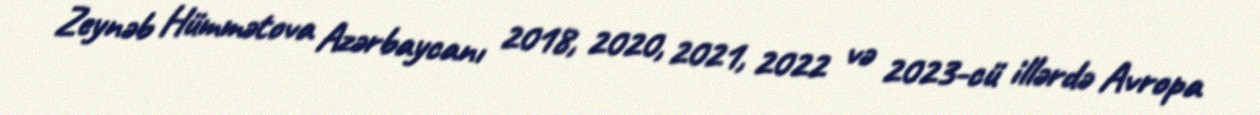
Zeynəb Hümmətova Azərbaycanı 2018, 2020, 2021, 2022 və 2023-cü illərdə Avropa